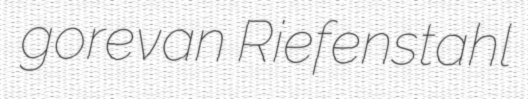
gorevan Riefenstahl